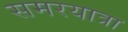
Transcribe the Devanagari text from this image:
समरयात्रा